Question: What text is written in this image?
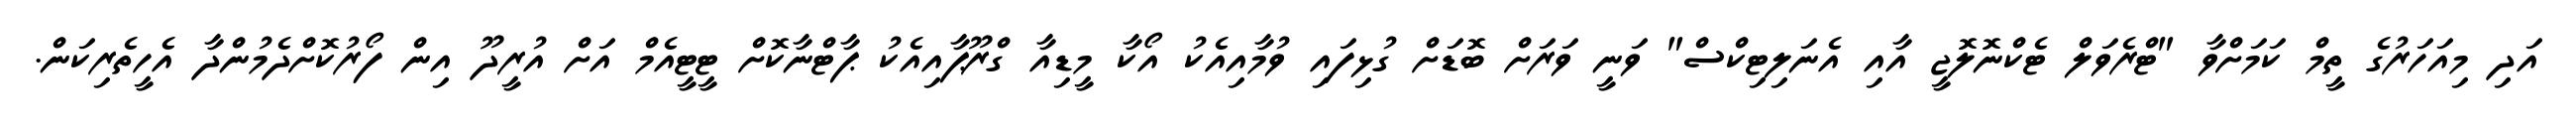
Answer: އަދި މިއަހަރުގެ ތީމް ކަމަށްވާ "ޓްރެވަލް ޓެކްނޮލޮޖީ އާއި އެނަލިޓިކްސް" ވަނީ ވަރަށް ބޮޑަށް ގުޅިފައި ވުމާއިއެކު އޯކާ މީޑިއާ ގްރޫޕާއިއެކު ޕާޓްނާކޮށް ޓީޓީއެމް އަށް އުރީދޫ އިން ފޯރުކޮށްދެމުންދާ އެހީތެރިކަން.